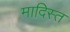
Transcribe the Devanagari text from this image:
मादिस्त